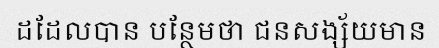
ដដែលបាន បន្ថែមថា ជនសង្ស័យមាន